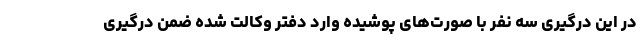
در این درگیری سه نفر با صورت‌های پوشیده وارد دفتر وکالت شده ضمن درگیری